Indian journal of veterinary science and animal husbandry - Volumes 18-21, 1948-1951
Year: 1948
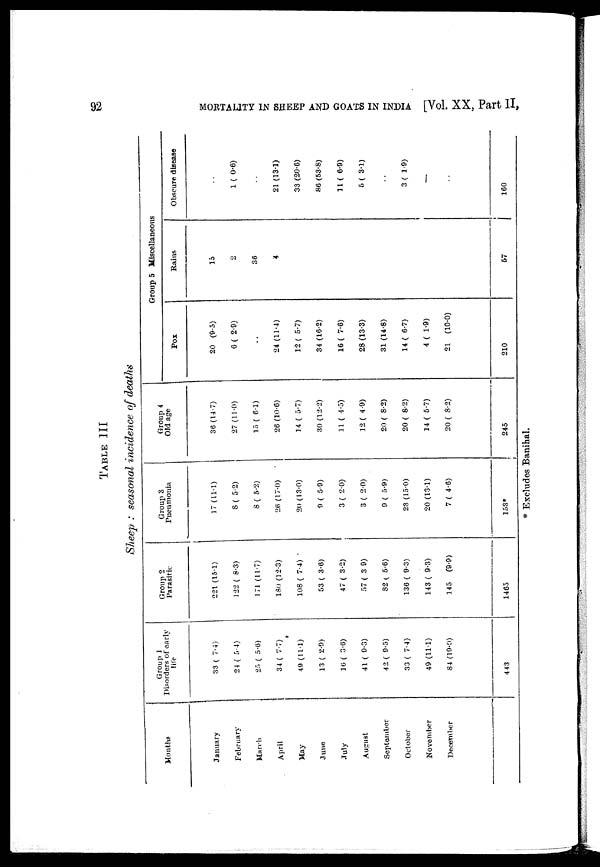
92
MORTALITY IN SHEEP AND GOATS IN INDIA [Vol. XX, Part II,
TABLE III
Sheep : seasonal incidence of deaths
Months
January
February
March
April
May
June
July
August
September
October
November
December
Group 1
Disorders of early
life
33 (7.4)
24 (5.4)
25 (5.6)
34 ( 7.7)
49 (11.1)
13 (2.9)
16 (3.6)
41 (9.3)
42 (9.5)
33 ( 7.4)
49 (11.1)
84 (19.0)
443
Group 2
Parasitic
221 (15.1)
122 (8.3)
171 (11.7)
180 (12.3)
108 (7.4)
53 (3.6)
47 (3.2)
57 (3. 9)
82 (5.6)
136 (9.3)
143 (9.3)
145
(9.9)
1465
Group 3
Pneumonia
17 (11.l)
8 (5.2)
8 (5.2)
26 (17.0)
20 (13.0)
9 ( 5.9)
3 (2.0)
3 (2.0)
9 ( 5.9)
23 (15.0)
20 (13.1)
7 (4.6)
153*
Group 4
Old age
36 (14.7)
27 (11.0)
15 (6.1)
26 (10.6)
14 (5.7)
30 (12.2)
11 (4.5)
12 (4.9)
20 (8.2)
20 (8.2)
14 (5.7)
20 (8.2)
245
Group 5 Miscellaneous
Pox
20(9.5)
6 (2.9)
. .
24 (11.4)
12 (5.7)
34 (16.2)
16 (7.6)
28 (13.3)
31 (14.8)
14 (6.7)
4 ( 1.9)
21(10.0)
210
Rains
15
2
36
4
57
Obscure disease
. .
1 (0.6)
. .
21 (13.1)
33 (20.6)
86 (53.8)
11 (6.9)
5 (3.1)
. .
3( 1.9)
. .
. .
160
* Excludes Banihal.